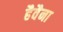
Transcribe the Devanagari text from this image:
हैवैना